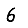
Digit: 6